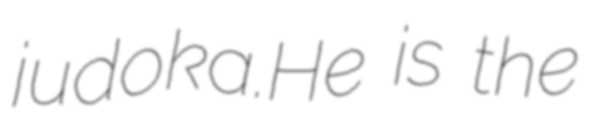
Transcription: judoka.He is the